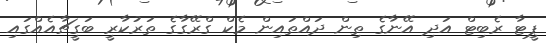
ޕީޓާ ރެބިޓް އަދި އޭނާގެ ތިން ދައްތައިން މެކް ގްރޭގާގެ ތަރުކާރީ ބަގީޗާއެއްގައި